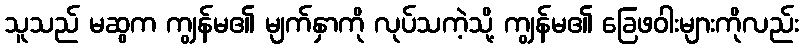
သူသည် မဆွက ကျွန်မ၏ မျက်နှာကို လုပ်သကဲ့သို့ ကျွန်မ၏ ခြေဖဝါးများကိုလည်း